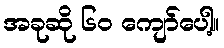
အခုဆို ၆၀ ကျော်ပေါ့။